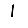
Digit: 1